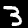
Digit: 3